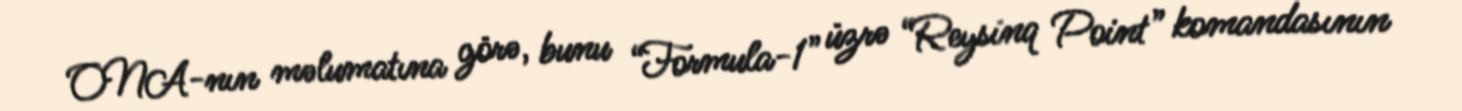
ONA-nın məlumatına görə, bunu “Formula-1” üzrə “Reysinq Point” komandasının